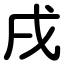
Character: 戌